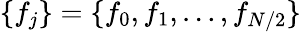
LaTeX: \{ f_{j}\} =\{ f_{0},f_{1},\dots,f_{N/2}\}